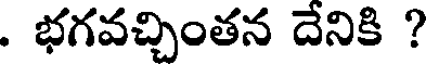
. భగవచ్చింతన దేనికి ?